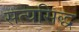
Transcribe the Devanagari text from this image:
सत्यसिद्ध